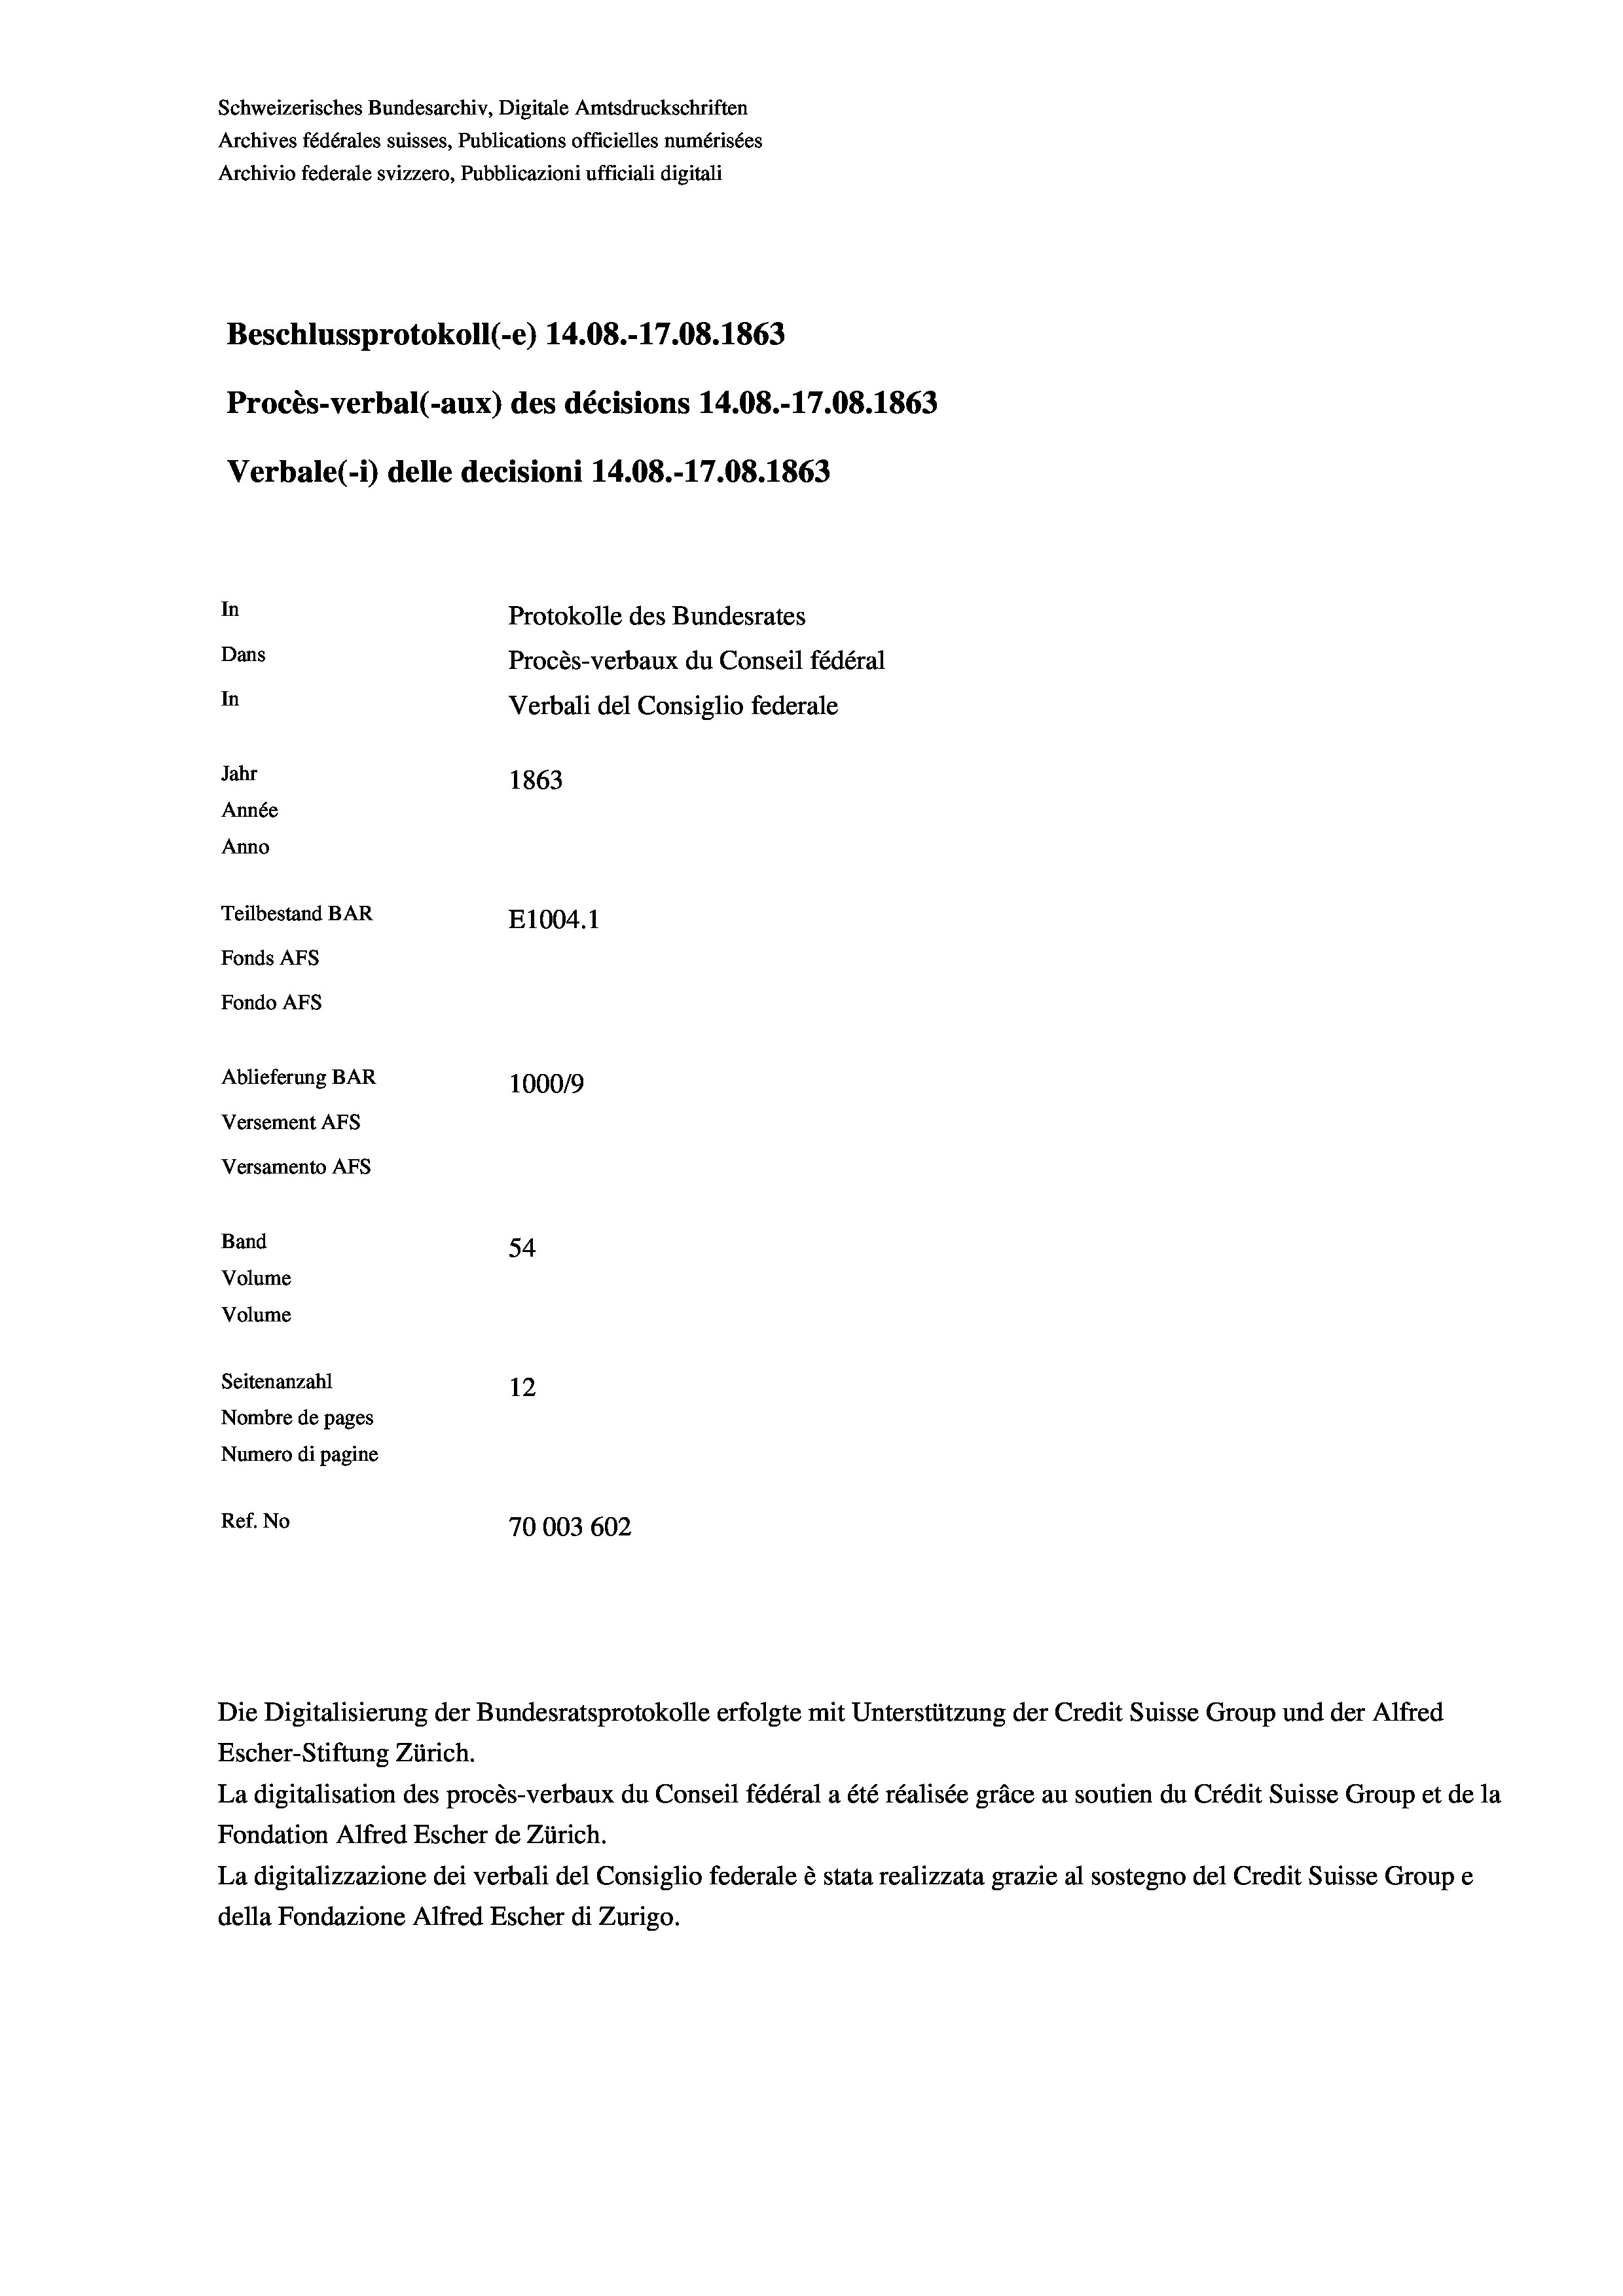
Schweizerisches Bundesarchiv, Digitale Amtsdruckschriften
Archives fédérales suisses, Publications officielles numérisées
Archivio federale svizzero, Pubblicazioni ufficiali digitali
Beschlussprotokoll (-e) 14.08.-17.08. 1863
Procès-verbal (-aux) des décisions 14.08.-17.08. 1863
Verbale(-*) delle decisioni 14.08.-17.08. 1863
In
Protokolle des Bundesrates
Dans
Procès-verbaux du Conseil fédéral
In
Verbali del Consiglio federale
Jahr
1863
Année
Anno
Teilbestand BAR
E1004. 1
Fonds AFs
Fondo AFs
Ablieferung BAR
1000/9
Versement AFs
Versamento Afs
Band
54
Volume
Volume
Seitenanzahl
12
Nombre de pages
Numero di pagine
Ref. No
70003 602

Escher-Stiftung Zürich.
La digitalisation des procès-verbaux du Conseil fédéral a été réalisée gräce au soutien du Crédit Suisse Group et de la
Fondation Alfred Escher de Zürich.
La digitalizzazione dei verbali del Consiglio federale è stata realizzata grazie al sostegno del Credit Suisse Groupe
della Fondazione Alfred Escher di Zurigo.

Die Digitalisierung der Bundesratsprotokolle erfolgte mit Unterstützung der Credit Suisse Group und der Alfred